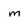
Character: m